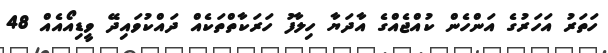
ހަތަރު އަހަރުގެ އަންހެން ކުއްޖެއްގެ އާދަޔާ ހިލާފު ހަރަކާތްތަކެއް ދައްކުވައިދޭ ވީޑިއޯއެއް 48